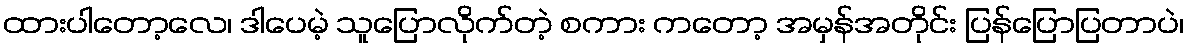
ထားပါတော့လေ၊ ဒါပေမဲ့ သူပြောလိုက်တဲ့ စကား ကတော့ အမှန်အတိုင်း ပြန်ပြောပြတာပဲ၊